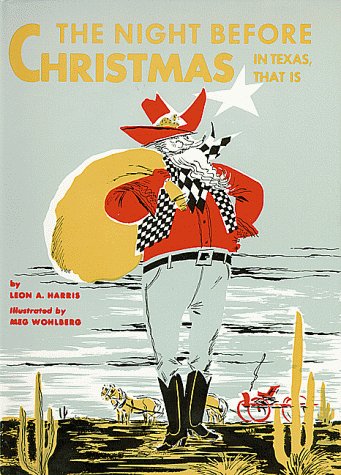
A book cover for Night Before ChristmasIn Texas, That Is, The (The Night Before Christmas Series); Leon Harris; Humor & Entertainment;